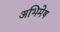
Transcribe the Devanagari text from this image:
अभिमेष